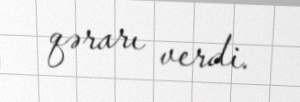
qərarı verdi.